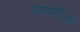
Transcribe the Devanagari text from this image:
समष्टीला